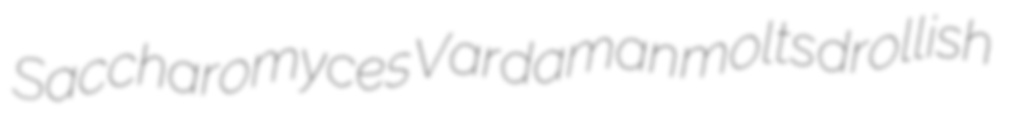
Saccharomyces Vardaman molts drollish